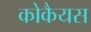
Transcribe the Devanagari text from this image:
कोकैयस